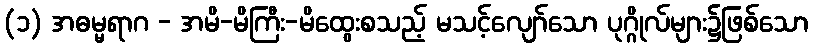
(၁) အဓမ္မရာဂ - အမိ-မိကြီး-မိထွေးစသည့် မသင့်လျော်သော ပုဂ္ဂိုလ်များ၌ဖြစ်သော